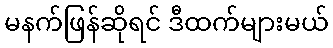
မနက်ဖြန်ဆိုရင် ဒီထက်များမယ်